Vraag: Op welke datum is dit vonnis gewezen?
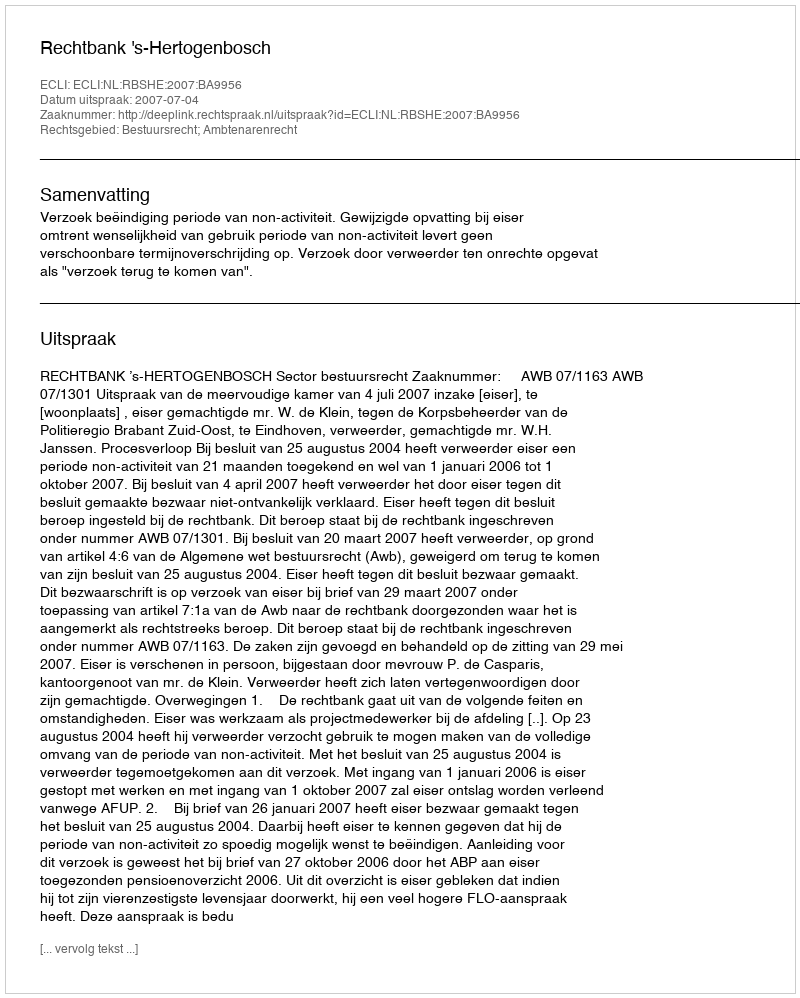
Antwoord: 2007-07-04